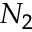
N _ { 2 }